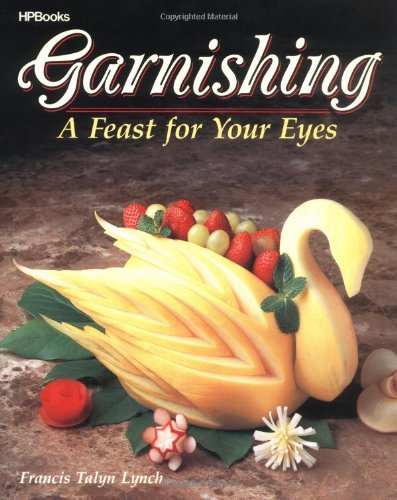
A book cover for Garnishing: A Feast For Your Eyes; Francis T. Lynch; Cookbooks, Food & Wine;